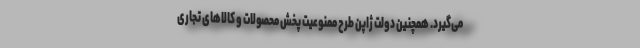
می‌گیرد. همچنین دولت ژاپن طرح ممنوعیت پخش محصولات و کالاهای تجاری